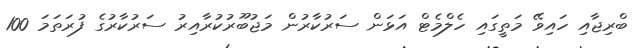
ބްރިޖާއި ހައިވޭ މަތީގައި ހެލްމެޓް އަޅަން ސަރުކާރުން މަޖުބޫރުކުރާއިރު ސަރުކާރުގެ ފުރަތަމަ 100